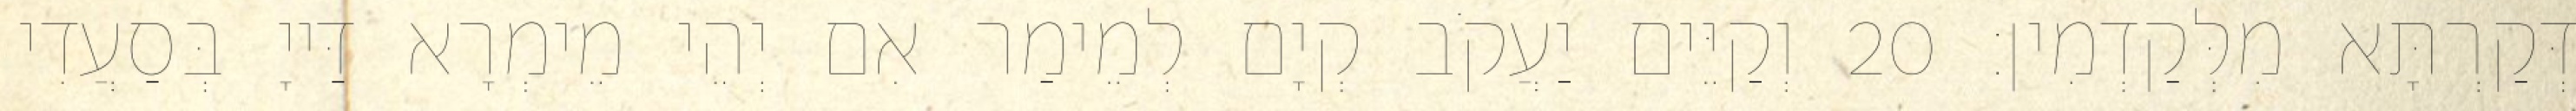
דְּקַרְתָּא מִלְּקַדְמִין׃ 20 וְקַיֵּים יַעֲקֹב קְיָם לְמֵימַר אִם יְהֵי מֵימְרָא דַּייָ בְּסַעֲדִי